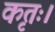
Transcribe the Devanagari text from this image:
कृतः।